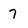
Character: 7